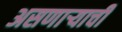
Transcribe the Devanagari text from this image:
असणाऱ्याची